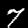
Label: 7